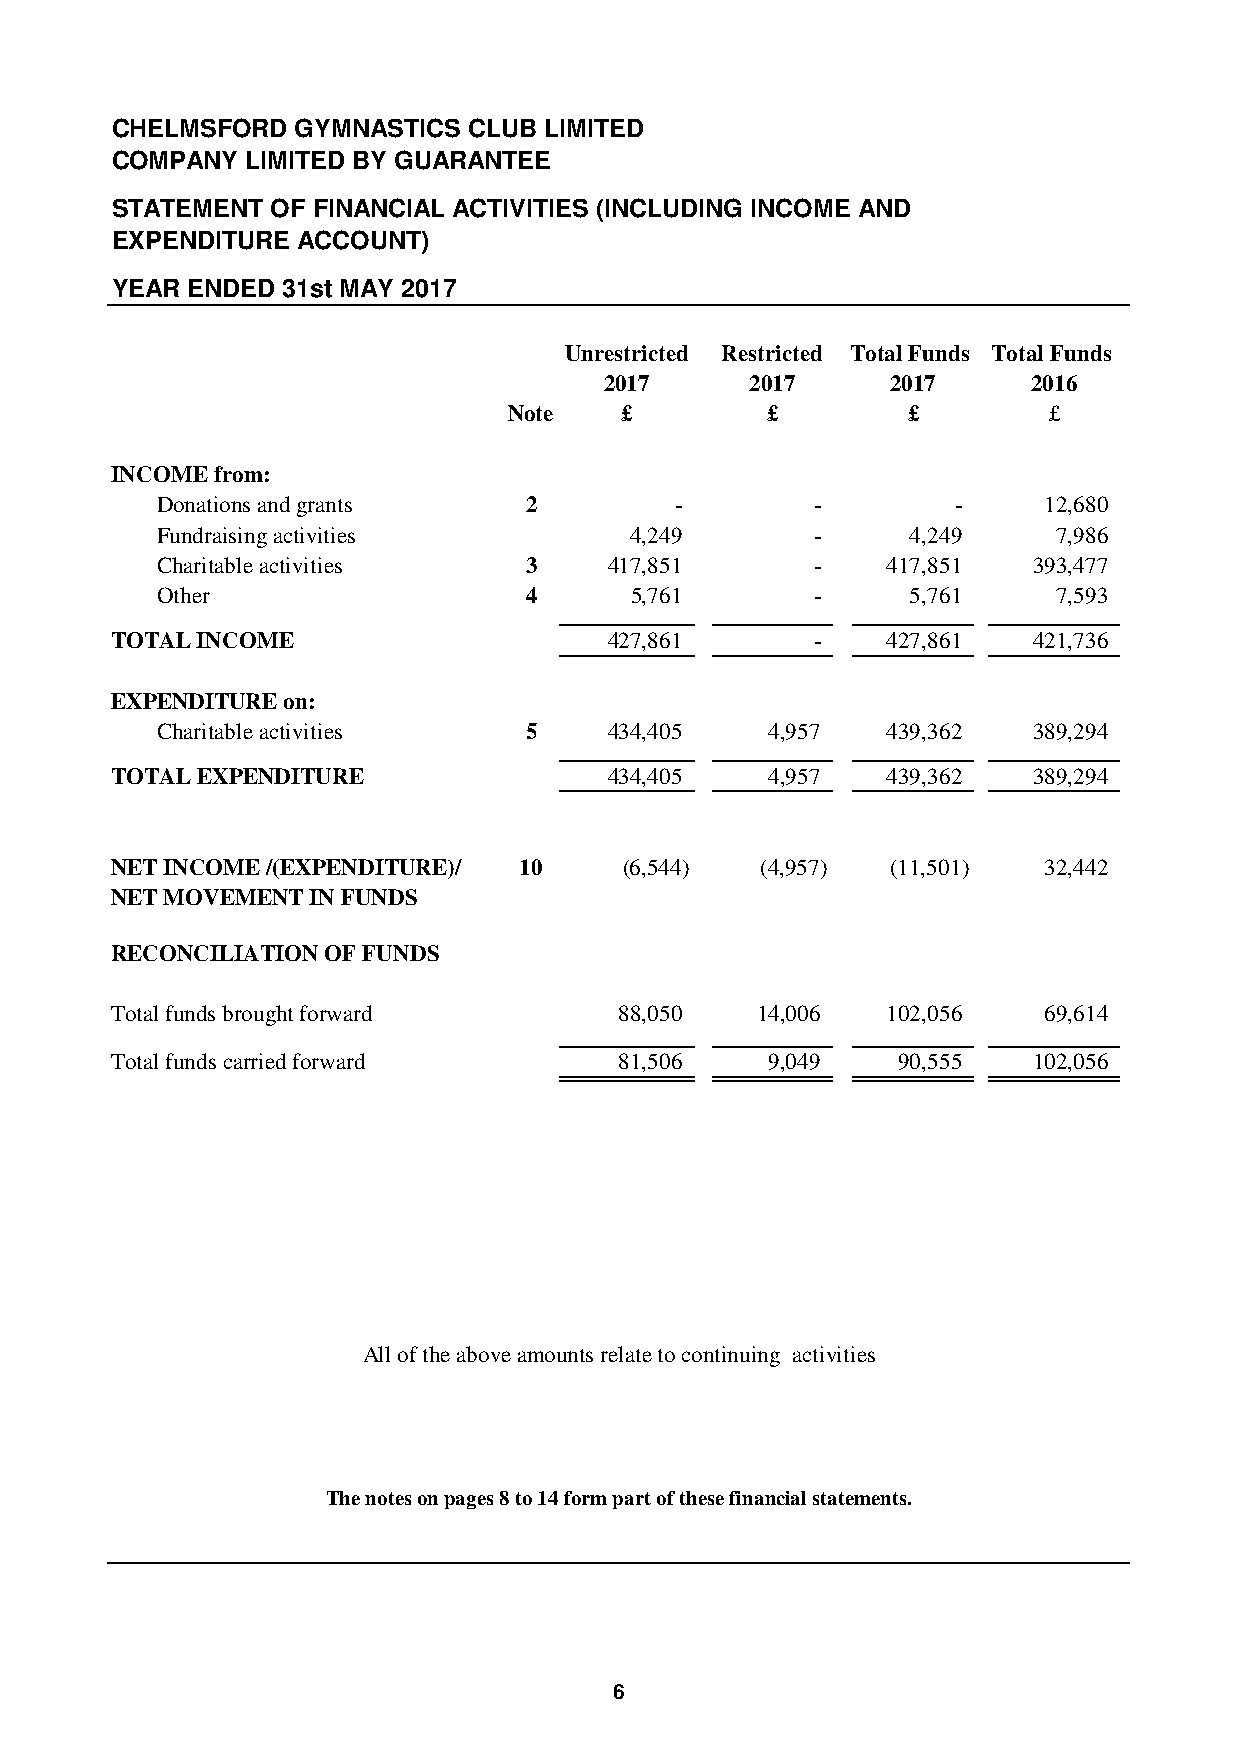
CHELMSFORD   GYMNASTICS CLUB LIMITED
 COMPANY  LIMITED BY GUARANTEE
 STATEMENT  OF FINANCIAL ACTIVITIES (INCLUDING INCOME AND
 EXPENDITURE  ACCOUNT)
 YEAR ENDED  31st MAY 2017
 Unrestricted Restricted Total Funds Total Funds
 2017      2017     2017     2016
 Note   £         £        £        £
 INCOME from:
 Donations and grants     2         -        -        -     1 2,680
 Fundraising activities          4,249       -     4,249     7 ,986
 Charitable activities    3    417,851       -    417,851  3 93,477
 Other                    4      5,761       -     5,761     7 ,593
 TOTAL INCOME                     427,861       -    427,861  4 21,736
 EXPENDITURE on:
 Charitable activities    5    434,405    4 ,957  439,362  3 89,294
 TOTAL EXPENDITURE                434,405    4 ,957  439,362  3 89,294
 NET INCOME /(EXPENDITURE)/ 10     (6,544)  (4,957)  (11,501)  3 2,442
 NET MOVEMENT  IN FUNDS
 RECONCILIATION OF FUNDS
 Total funds brought forward       88,050   1 4,006  102,056   6 9,614
 Total funds carried forward       81,506    9 ,049  90,555   1 02,056
 All of the above amounts relate to continuing activities
 The notes on pages 8 to 14 form part of these financial statements.
 6